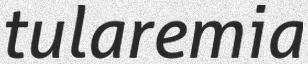
tularemia